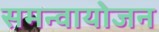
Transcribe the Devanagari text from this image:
समन्वायोजन